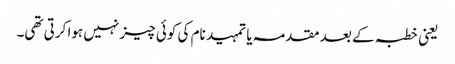
یعنی خطبہ کے بعد مقدمہ یا تمہید نام کی کوئی چیز نہیں ہوا کرتی تھی۔